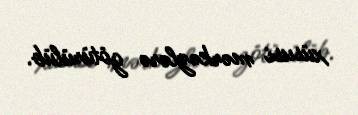
xüsusi mərkəzlərə götürülüb.